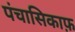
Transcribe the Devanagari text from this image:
पंचासिकाफ़